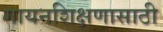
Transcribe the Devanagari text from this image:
गायनशिक्षणासाठी